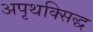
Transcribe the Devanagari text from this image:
अपृथक्सिद्ध